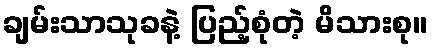
ချမ်းသာသုခနဲ့ ပြည့်စုံတဲ့ မိသားစု။